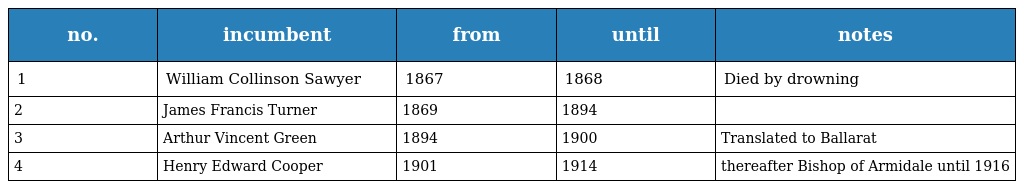
| no. | incumbent | from | until | notes |
 | --- | --- | --- | --- | --- |
 | 1 | William Collinson Sawyer | 1867 | 1868 | Died by drowning |
 | 2 | James Francis Turner | 1869 | 1894 |  |
 | 3 | Arthur Vincent Green | 1894 | 1900 | Translated to Ballarat |
 | 4 | Henry Edward Cooper | 1901 | 1914 | thereafter Bishop of Armidale until 1916 |